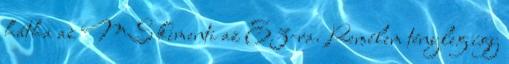
hátha az MS kimenti az E3-ra. Remélem tényleg így